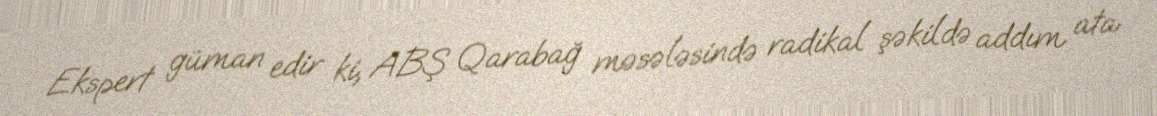
Ekspert güman edir ki, ABŞ Qarabağ məsələsində radikal şəkildə addım ata